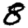
Digit: 8